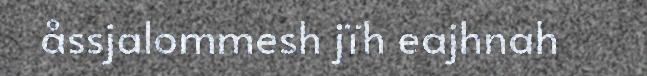
åssjalommesh jïh eajhnah